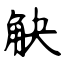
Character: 觖